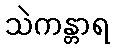
သဲကန္တာရ